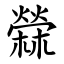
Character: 檾